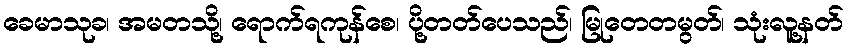
ခေမာသုခ၊ အမတသို့၊ ရောက်ရကုန်စေ၊ ပို့တတ်ပေသည်၊ မြုတေတမွတ်၊ သုံးလူ့နတ်